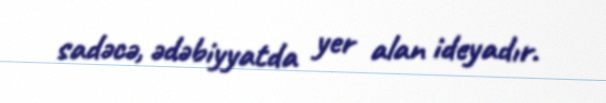
sadəcə, ədəbiyyatda yer alan ideyadır.